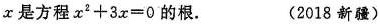
x是方程$$x ^ { 2 } + 3 x = 0$$的根。 (2018新疆)